Document type: Barter
Year: 1304
Scribe: Pere Pometa
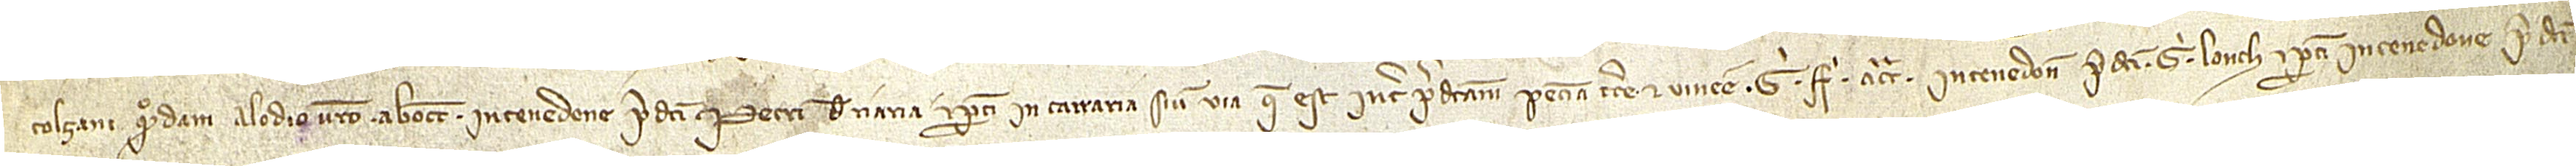
Tolzani, quondam alodio vestro, ab occidente in tenedone predicti Petri de Riaria et partim in carraria sive via que est inter predictam peciam terre et vinee Gi Fi, a circio in tenedone predicti Gi Lonch, et partim in tenedone predicti